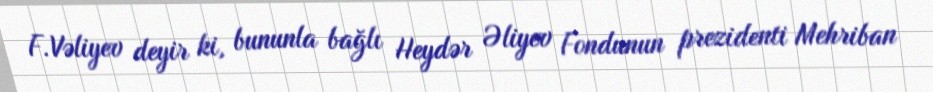
F.Vəliyev deyir ki, bununla bağlı Heydər Əliyev Fondunun prezidenti Mehriban